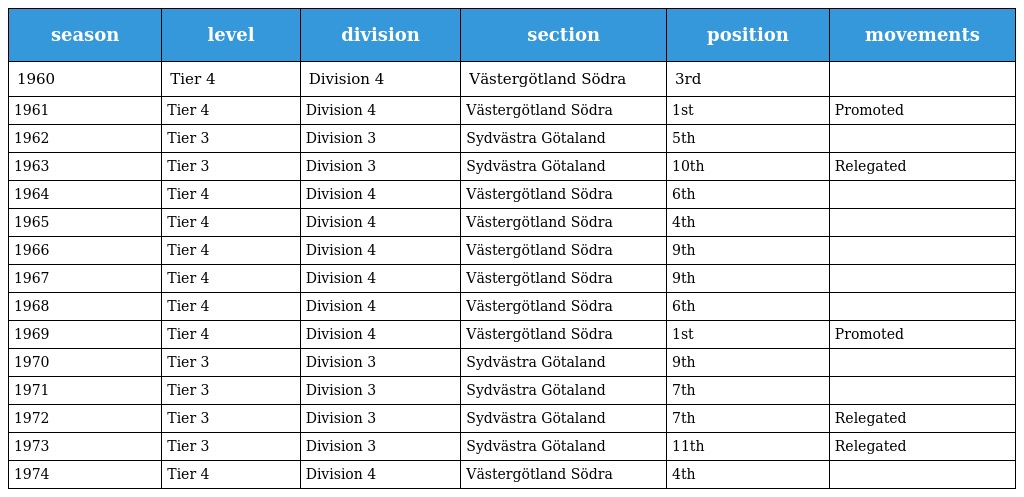
| season | level | division | section | position | movements |
 | --- | --- | --- | --- | --- | --- |
 | 1960 | Tier 4 | Division 4 | Västergötland Södra | 3rd |  |
 | 1961 | Tier 4 | Division 4 | Västergötland Södra | 1st | Promoted |
 | 1962 | Tier 3 | Division 3 | Sydvästra Götaland | 5th |  |
 | 1963 | Tier 3 | Division 3 | Sydvästra Götaland | 10th | Relegated |
 | 1964 | Tier 4 | Division 4 | Västergötland Södra | 6th |  |
 | 1965 | Tier 4 | Division 4 | Västergötland Södra | 4th |  |
 | 1966 | Tier 4 | Division 4 | Västergötland Södra | 9th |  |
 | 1967 | Tier 4 | Division 4 | Västergötland Södra | 9th |  |
 | 1968 | Tier 4 | Division 4 | Västergötland Södra | 6th |  |
 | 1969 | Tier 4 | Division 4 | Västergötland Södra | 1st | Promoted |
 | 1970 | Tier 3 | Division 3 | Sydvästra Götaland | 9th |  |
 | 1971 | Tier 3 | Division 3 | Sydvästra Götaland | 7th |  |
 | 1972 | Tier 3 | Division 3 | Sydvästra Götaland | 7th | Relegated |
 | 1973 | Tier 3 | Division 3 | Sydvästra Götaland | 11th | Relegated |
 | 1974 | Tier 4 | Division 4 | Västergötland Södra | 4th |  |